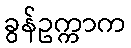
ခွန်ဥက္ကာက